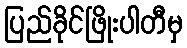
ပြည်ခိုင်ဖြိုးပါတီမှ